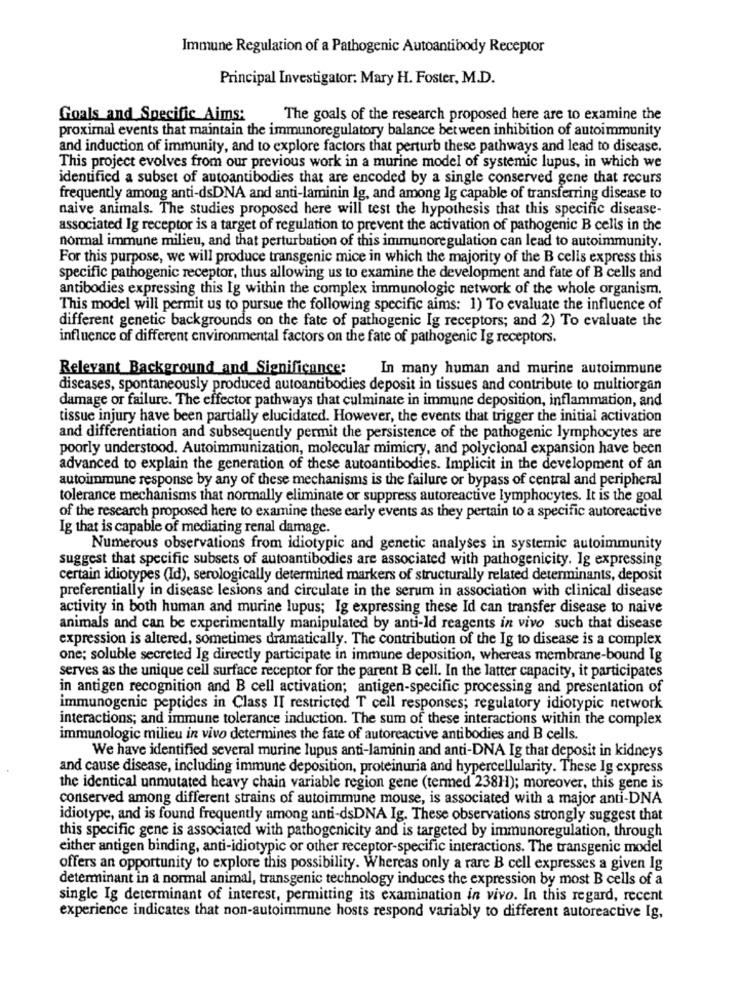
Immune Regulation of a Pathogenic Autoantibody Receptor
Principal Investigator: Mary H. Foster, M.D.
Goals and Specific Aims:
The goals of the research proposed here are to examine the
proximal events that maintain the immunoregulatory balance between inhibition of autoimmunity
and induction of immunity, and to explore factors that perturb these pathways and lead to disease.
This project evolves from our previous work in a murine model of systemic lupus, in which we
identified a subset of autoantibodies that are encoded by a single conserved gene that recurs
frequently among anti-dsDNA and anti-laminin lg, and among Ig capable of transferring disease to
naive animals. The studies proposed here will test the hypothesis that this specific disease-
associated Ig receptor is a target of regulation to prevent the activation of pathogenic B cells in the
normal immune milieu, and that perturbation of this immunoregulation can lead to autoimmunity.
For this purpose, we will produce transgenic mice in which the majority of the B cells express this
specific pathogenic receptor, thus allowing us to examine the development and fate of B cells and
antibodies expressing this Ig within the complex immunologic network of the whole organism.
This model will permit us to pursue the following specific aims: 1) To evaluate the influence of
different genetic backgrounds on the fate of pathogenic Ig receptors; and 2) To evaluate the
influence of different environmental factors on the fate of pathogenic Ig receptors.
Relevant Background and Significance:
In many human and murine autoimmune
diseases, spontaneously produced autoantibodies deposit in tissues and contribute to multiorgan
damage or failure. The effector pathways that culminate in immune deposition, inflammation, and
tissue injury have been partially elucidated. However, the events that trigger the initial activation
and differentiation and subsequently permit the persistence of the pathogenic lymphocytes are
poorly understood. Autoimmunization, molecular mimicry, and polyclonal expansion have been
advanced to explain the generation of these autoantibodies. Implicit in the development of an
autoimmune response by any of these mechanisms is the failure or bypass of central and peripheral
tolerance mechanisms that normally eliminate or suppress autoreactive lymphocytes. It is the goal
of the research proposed here to examine these early events as they pertain to a specific autoreactive
Ig that is capable of mediating renal damage.
Numerous observations from idiotypic and genetic analyses in systemic autoimmunity
suggest that specific subsets of autoantibodies are associated with pathogenicity. Ig expressing
certain idiotypes (Id), serologically determined markers of structurally related determinants, deposit
preferentially in disease lesions and circulate in the serum in association with clinical disease
activity in both human and murine lupus; Ig expressing these Id can transfer disease to naive
animals and can be experimentally manipulated by anti-Id reagents in vivo such that disease
expression is altered, sometimes dramatically. The contribution of the Ig to disease is a complex
one; soluble secreted Ig directly participate in immune deposition, whereas membrane-bound Ig
serves as the unique cell surface receptor for the parent B cell. In the latter capacity, it participates
in antigen recognition and B cell activation; antigen-specific processing and presentation of
immunogenic peptides in Class II restricted T cell responses; regulatory idiotypic network
interactions; and immune tolerance induction. The sum of these interactions within the complex
immunologic milieu in vivo determines the fate of autoreactive antibodies and B cells.
We have identified several murine lupus anti-laminin and anti-DNA Ig that deposit in kidneys
and cause disease, including immune deposition, proteinuria and hypercellularity. These Ig express
the identical unmutated heavy chain variable region gene (termed 238H); moreover, this gene is
conserved among different strains of autoimmune mouse, is associated with a major anti-DNA
idiotype, and is found frequently among anti-dsDNA Ig. These observations strongly suggest that
this specific gene is associated with pathogenicity and is targeted by immunoregulation, through
either antigen binding, anti-idiotypic or other receptor-specific interactions. The transgenic model
offers an opportunity to explore this possibility. Whereas only a rare B cell expresses a given Ig
determinant in a normal animal, transgenic technology induces the expression by most B cells of a
single Ig determinant of interest, permitting its examination in vivo. In this regard, recent
experience indicates that non-autoimmune hosts respond variably to different autoreactive Ig,